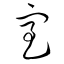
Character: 室